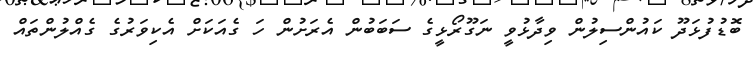
ބޮޑުފުޅަދޫ ކައުންސިލުން ވިދާޅުވީ ނަގޫރޯޅީގެ ސަބަބުން އެރަށުން ހަ ގެއަކަށް އެކިވަރުގެ ގެއްލުންތައް